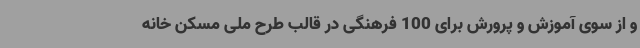
و از سوی آموزش‌ و پرورش برای 100 فرهنگی در قالب طرح ملی مسکن خانه